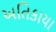
અતિકાયા